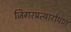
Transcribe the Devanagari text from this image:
जिगरप्रत्यारोपण